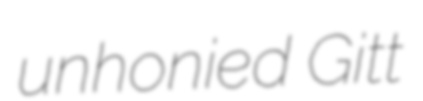
unhonied Gitt